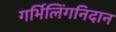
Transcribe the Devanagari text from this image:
गर्भिलिंगनिदान